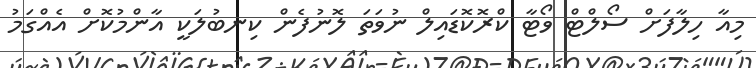
މިއާ ހިލާފަށް ސޯލްޓް ވޯޓާ ކްރޮކޮޑައިލް ނުވަތަ ލޮނުފެން ކިނބުލަކީ އާންމުކޮށް އެއްގަމު